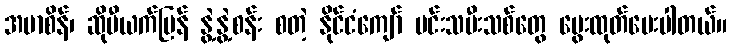
အမာစိန်၊ ဆိုဗီယက်ပြန် နွဲ့နွဲ့စန်း စတဲ့ နိုင်ငံကျော် မင်းသမီးသစ်တွေ မွေးထုတ်ပေးပါတယ်။